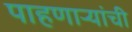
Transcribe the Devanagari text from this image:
पाहणाऱ्यांची